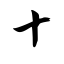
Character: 十